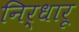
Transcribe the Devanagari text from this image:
निर्धारू